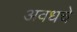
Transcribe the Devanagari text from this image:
अवधचे